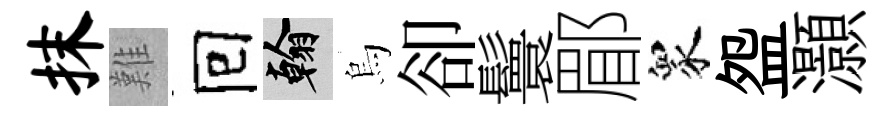
抹難囘翰烏卻鬟郿衆盌灝